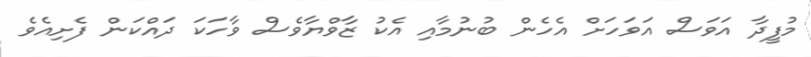
މުފީދާ އަވަސް އަވަހަށް އެހެން ބުނުމާއި އެކު ޒާވްޔާވެސް ވާހަކަ ދައްކަން ފެށިއެވެ